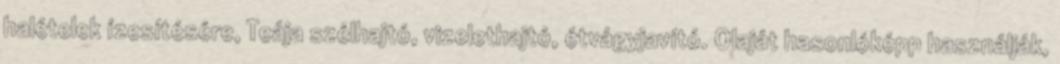
halételek ízesítésére, Teája szélhajtó, vizelethajtó, étvágyjavító. Olaját hasonlóképp használják,